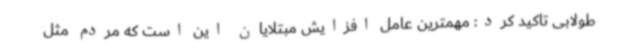
طولابی تاکید کرد: مهمترین عامل افزایش مبتلایان این است که مردم مثل